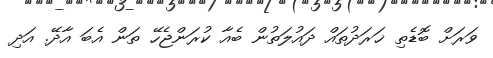
ވަރަށް ބޮޑެތި ޚަރަދުތައް ދައުލަތުން ބެއާ ކުރަންޖެހޭ ތަން އެބަ އާދޭ. އަދި